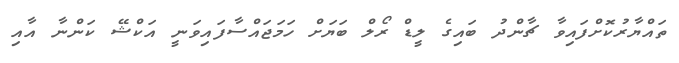
ތައްޔާރުކޮށްފައިވާ ޗާންދު ބައިގެ ލީޑް ރޯލް ބަޔަށް ހަމަޖައްސާފައިވަނީ އަކްޝޭ ކަންނާ އާއި